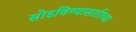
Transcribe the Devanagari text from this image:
सोडविण्यासाठीच्या